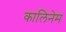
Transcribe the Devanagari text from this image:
कालिनेम